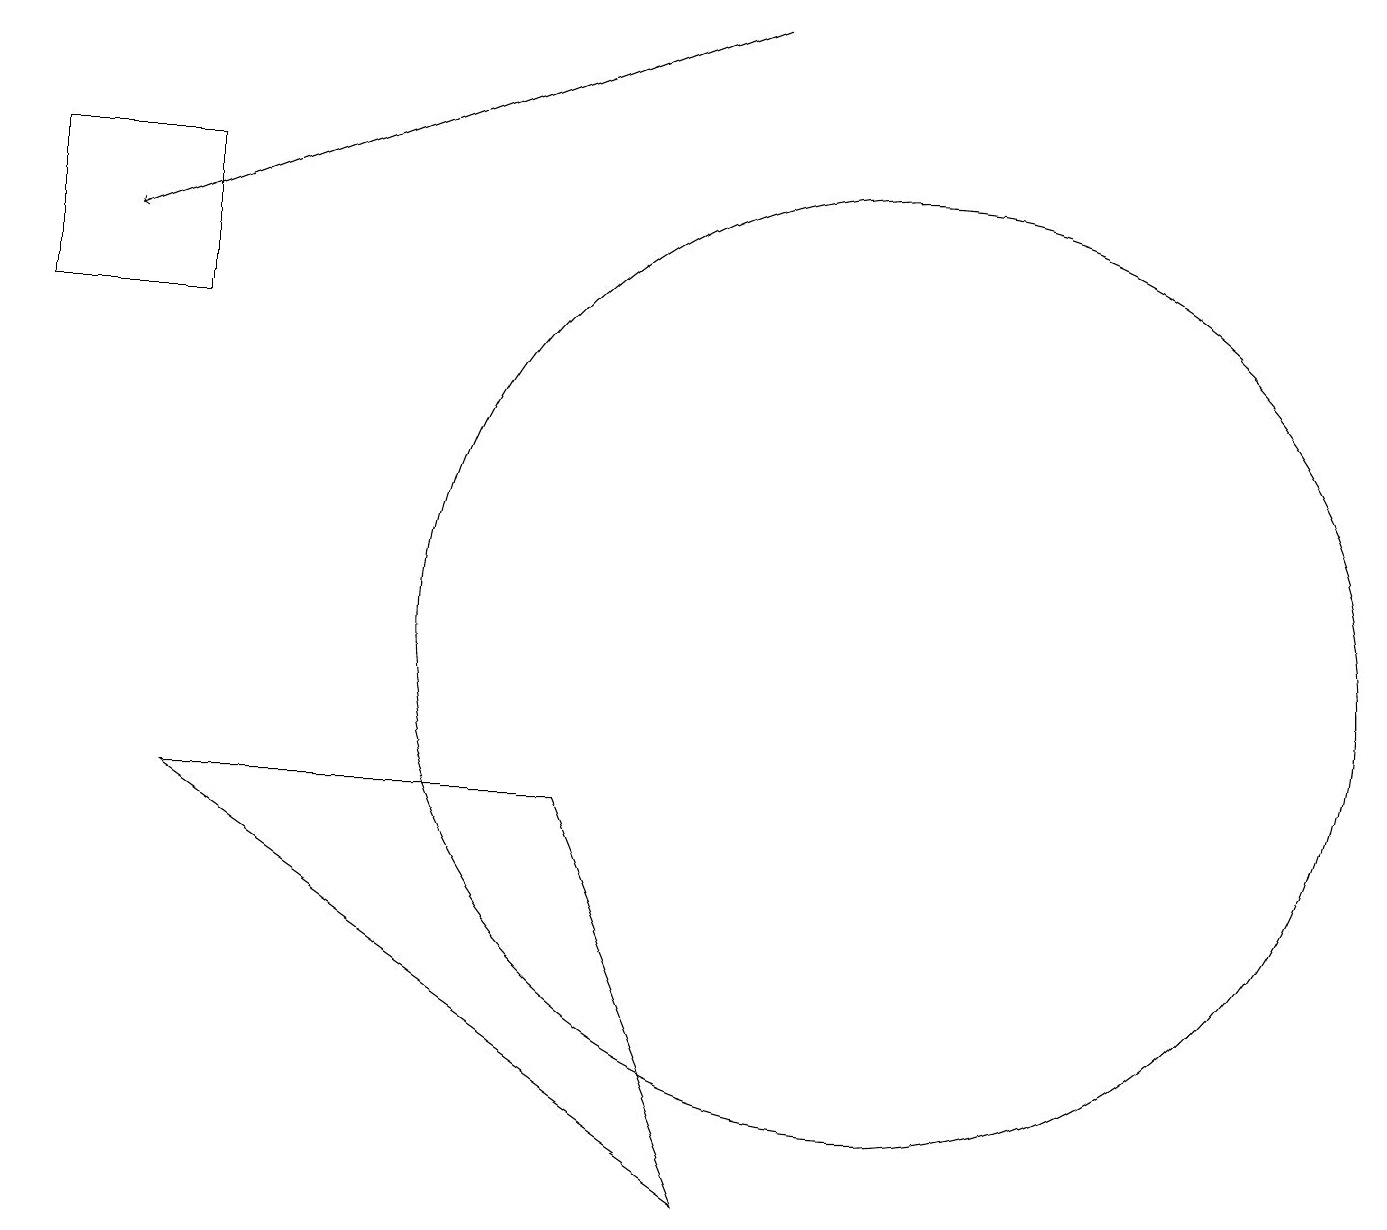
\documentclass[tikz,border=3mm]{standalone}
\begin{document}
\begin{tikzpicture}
\draw (11,11) circle (6);
\draw (9,4) -- (7,9) -- (2,9) -- cycle;
\draw[->] (9,19) -- (1,16);
\draw (2,17) rectangle (0,15);
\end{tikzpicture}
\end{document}